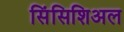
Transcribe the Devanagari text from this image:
सिंसिशिअल